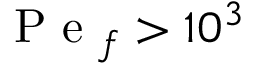
\mathrm { ~ P ~ e ~ } _ { f } > 1 0 ^ { 3 }